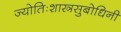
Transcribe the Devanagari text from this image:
ज्योतिःशास्त्रसुबोधिनी